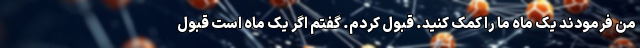
من فرمودند یک ماه ما را کمک کنید. قبول کردم. گفتم اگر یک ماه است قبول